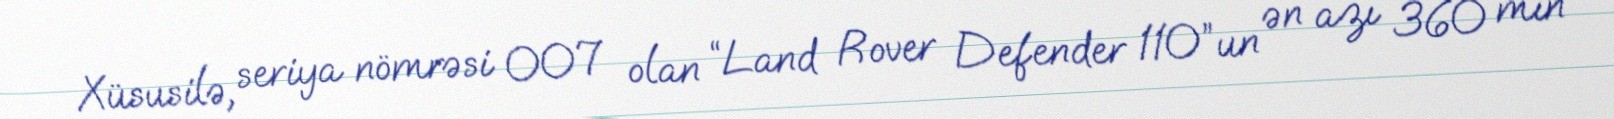
Xüsusilə, seriya nömrəsi 007 olan “Land Rover Defender 110”un ən azı 360 min